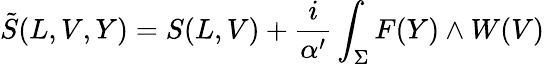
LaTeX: \tilde{S}(L,V,Y)=S(L,V)+\frac{i}{\alpha^{\prime}}\int_{\Sigma}F(Y)\wedge W(V)